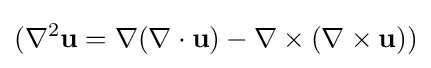
(\nabla ^{2}\mathbf {u} =\nabla (\nabla \cdot \mathbf {u} )-\nabla \times (\nabla \times \mathbf {u} ))